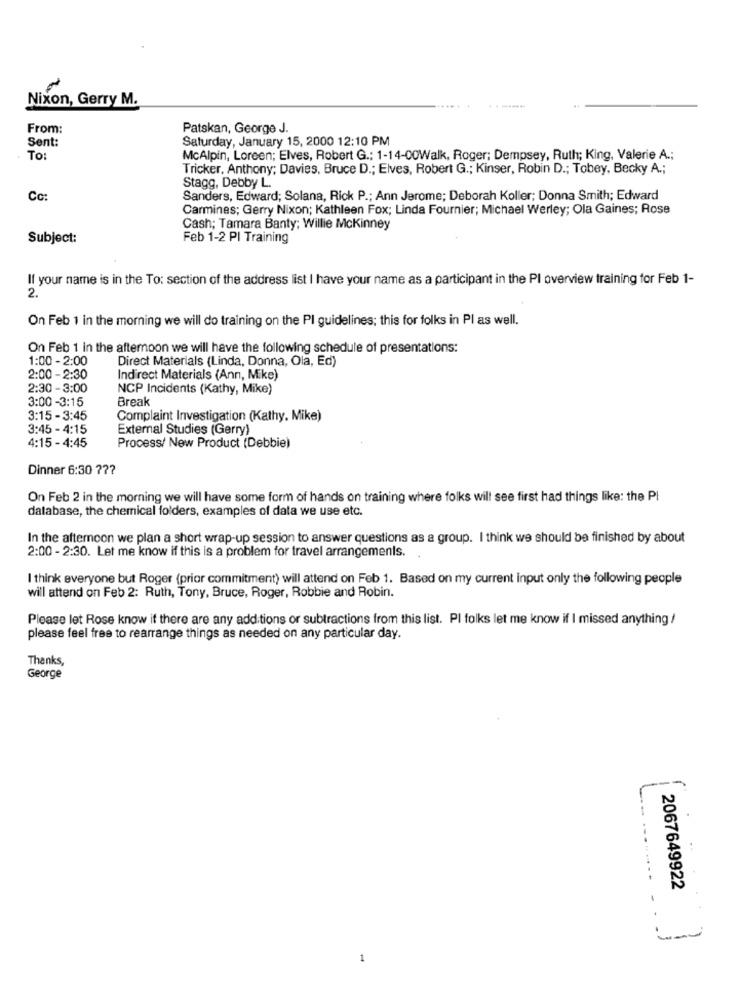
Nixon, Gerry M.
From:
Patskan, George J.
Sent:
Saturday, January 15, 2000 12:10 PM
To:
McAlpin, Loreen; Elves, Robert G .; 1-14-00Walk, Roger; Dempsey, Ruth; King, Valerie A .;
Tricker, Anthony; Davies, Bruce D .; Elves, Robert G .; Kinser, Robin D .; Tobey, Becky A .;
Stagg, Debby L.
Cc:
Sanders, Edward; Solana, Rick P .; Ann Jerome; Deborah Koller; Donna Smith; Edward
Carmines; Gerry Nixon; Kathleen Fox; Linda Fournier; Michael Werley; Ola Gaines; Rose
Cash; Tamara Banty; Willie Mckinney
Subject:
Feb 1-2 PI Training
If your name is in the To: section of the address list I have your name as a participant in the PI overview training for Feb 1-
2.
On Feb 1 in the morning we will do training on the PI guidelines; this for folks in PI as well.
On Feb 1 in the afternoon we will have the following schedule of presentations:
1:00 - 2:00
Direct Materials (Linda, Donna, Ola, Ed)
2:00 - 2:30
Indirect Materials (Ann, Mike)
2:30 - 3:00
NCP Incidents (Kathy, Mike)
3:00 -3:15
Break
3:15 - 3:45
Complaint Investigation (Kathy, Mike)
3:45 - 4:15
External Studies (Gerry)
4:15 - 4:45
Process/ New Product (Debbie)
Dinner 6:30 ???
On Feb 2 in the morning we will have some form of hands on training where folks will see first had things like: the PI
database, the chemical folders, examples of data we use etc.
In the afternoon we plan a short wrap-up session to answer questions as a group. I think we should be finished by about
2:00 - 2:30. Let me know if this is a problem for travel arrangements.
I think everyone but Roger (prior commitment) will attend on Feb 1. Based on my current input only the following people
will attend on Feb 2: Ruth, Tony, Bruce, Roger, Robbie and Robin.
Please let Rose know it there are any additions or subtractions from this list. PI folks let me know if I missed anything /
please feel free to rearrange things as needed on any particular day.
Thanks,
George
... ..
2067649922